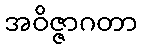
အဝိဇ္ဇာဂတာ